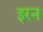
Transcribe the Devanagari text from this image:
इरन